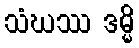
သံဃဿ ဒမ္မိ